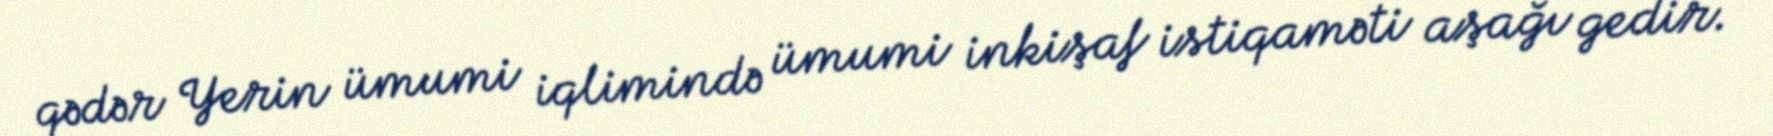
qədər Yerin ümumi iqlimində ümumi inkişaf istiqaməti aşağı gedir.